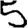
Digit: 5